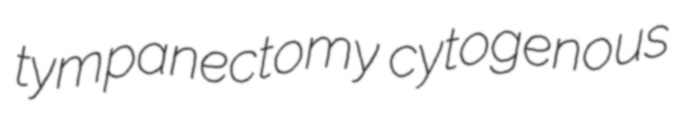
tympanectomy cytogenous